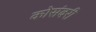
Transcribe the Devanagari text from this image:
कोसंबरी